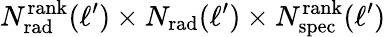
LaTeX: N_{\mathrm{rad}}^{\mathrm{rank}}(\ell^{\prime})\times N_{\mathrm{rad}}(\ell^{\prime})\times N_{\mathrm{spec}}^{\mathrm{rank}}(\ell^{\prime})